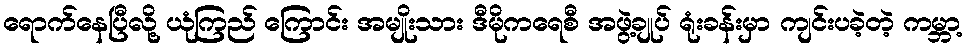
ရောက်နေပြီလို့ ယုံကြည် ကြောင်း အမျိုးသား ဒီမိုကရေစီ အဖွဲ့ချုပ် ရုံးခန်းမှာ ကျင်းပခဲ့တဲ့ ကမ္ဘာ့